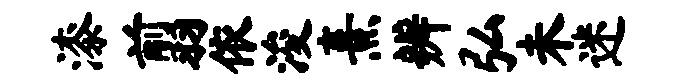
漆翦依浚熹辨弘未迷